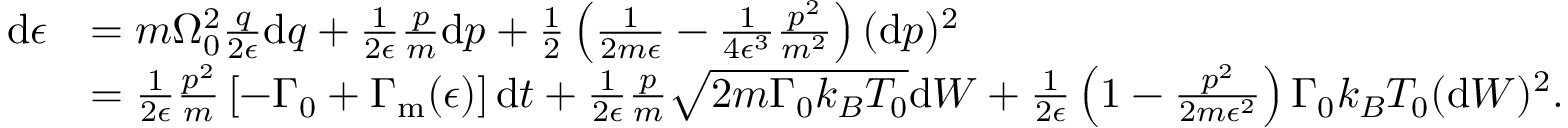
\begin{array} { r l } { \mathrm { d } \epsilon } & { = m \Omega _ { 0 } ^ { 2 } \frac { q } { 2 \epsilon } \mathrm { d } q + \frac { 1 } { 2 \epsilon } \frac { p } { m } \mathrm { d } p + \frac { 1 } { 2 } \left( \frac { 1 } { 2 m \epsilon } - \frac { 1 } { 4 \epsilon ^ { 3 } } \frac { p ^ { 2 } } { m ^ { 2 } } \right) ( \mathrm { d } p ) ^ { 2 } } \\ & { = \frac { 1 } { 2 \epsilon } \frac { p ^ { 2 } } { m } \left[ - \Gamma _ { 0 } + \Gamma _ { \mathrm { m } } ( \epsilon ) \right] \mathrm { d } t + \frac { 1 } { 2 \epsilon } \frac { p } { m } \sqrt { 2 m \Gamma _ { 0 } k _ { B } T _ { 0 } } \mathrm { d } W + \frac { 1 } { 2 \epsilon } \left( 1 - \frac { p ^ { 2 } } { 2 m \epsilon ^ { 2 } } \right) { \Gamma _ { 0 } k _ { B } T _ { 0 } } ( \mathrm { d } W ) ^ { 2 } \mathrm { . } } \end{array}